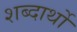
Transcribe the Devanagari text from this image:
शब्दार्थो